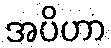
အပိဟာ